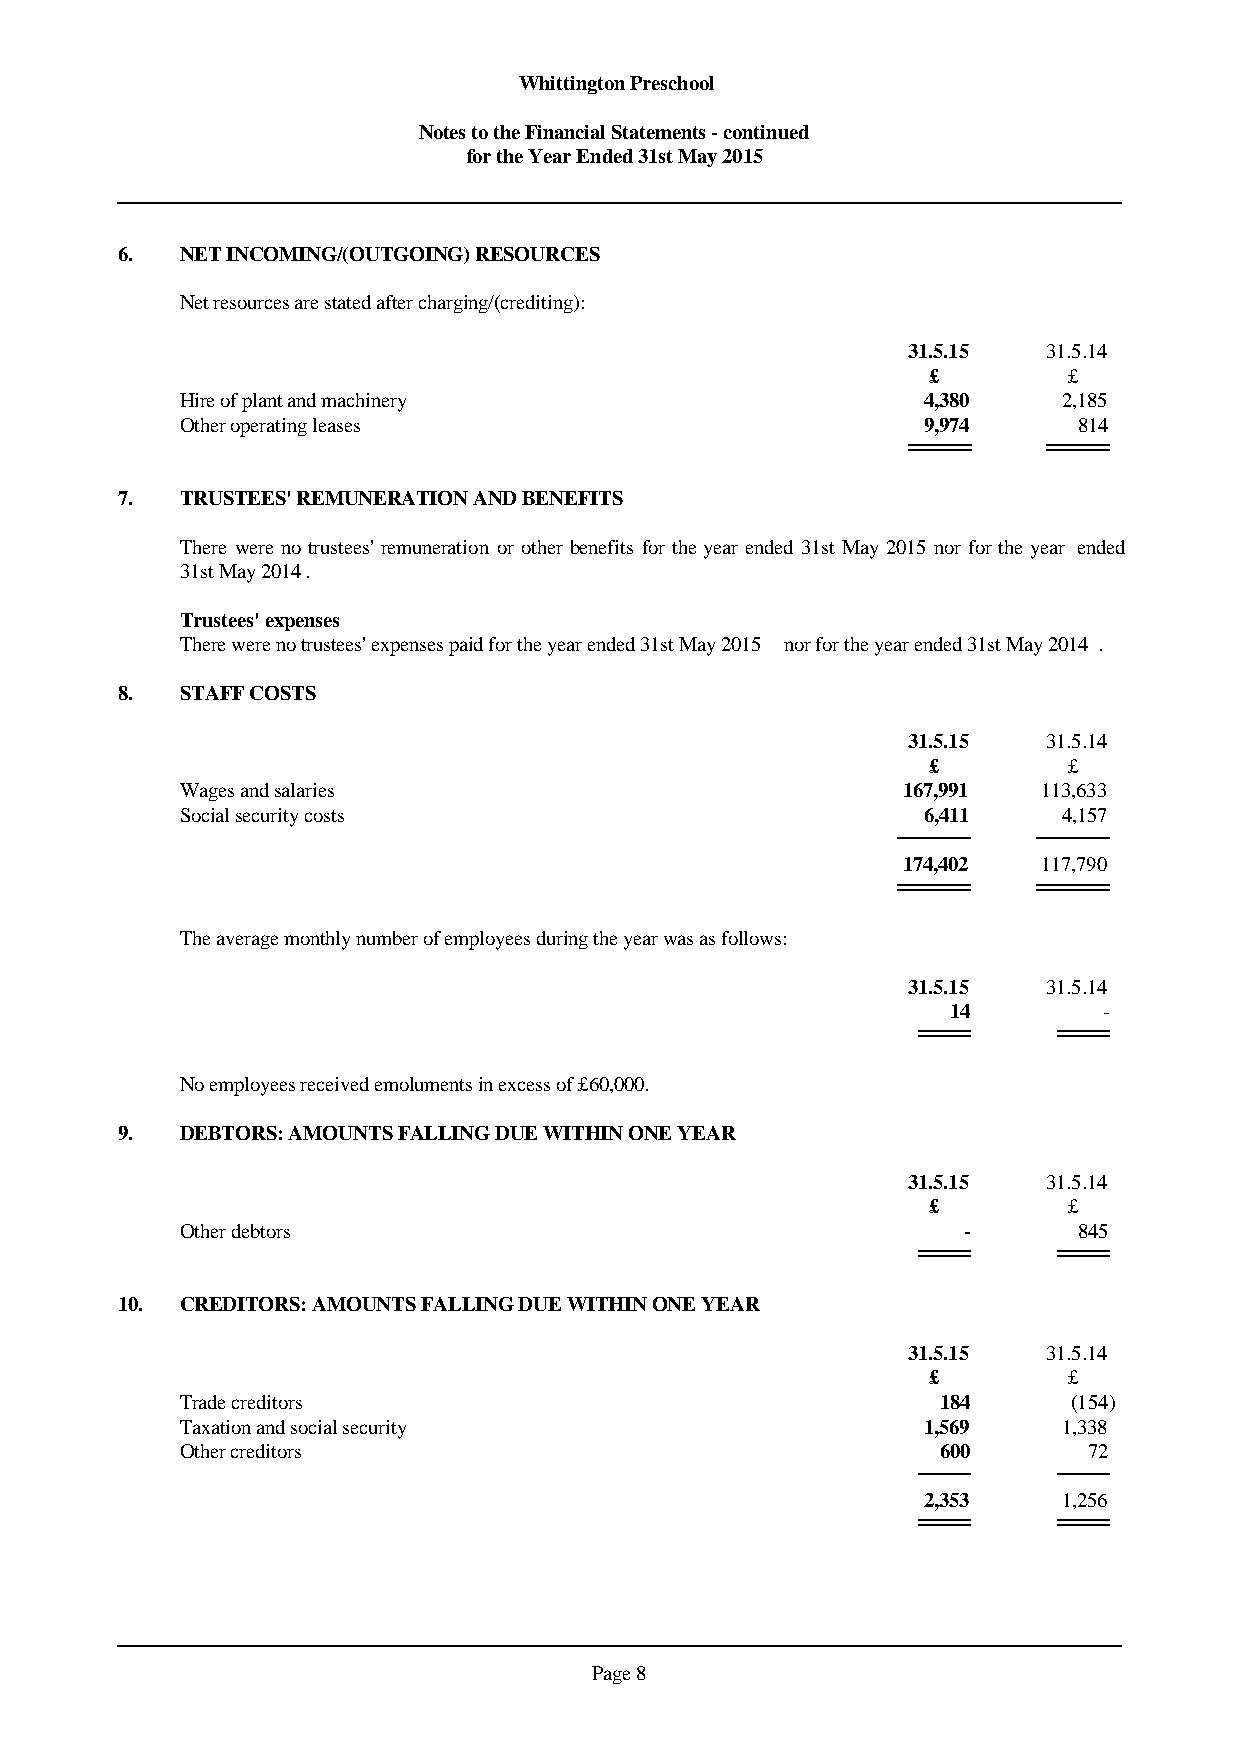
Whittington Preschool
 Notes to the Financial Statements - continued
 for the Year Ended 31st May 2015
 6.  NET INCOMING/(OUTGOING) RESOURCES
 Net resources are stated after charging/(crediting):
 31.5.15  31.5.14
 £         £
 Hire of plant and machinery                      4,380    2,185
 Other operating leases                           9,974     814
 7.  TRUSTEES' REMUNERATION AND BENEFITS
 There werenotrustees'remunerationor other benefitsfortheyearended 31st May2015 norfortheyear ended
 31st May 2014.
 Trustees' expenses
 There were no trustees' expenses paid for the year ended 31st May 2015 nor for the year ended 31st May 2014.
 8.  STAFF COSTS
 31.5.15  31.5.14
 £         £
 Wages and salaries                              167,991  113,633
 Social security costs                            6,411    4,157
 174,402  117,790
 The average monthly number of employees during the year was as follows:
 31.5.15  31.5.14
 14        -
 No employees received emoluments in excess of £60,000.
 9.  DEBTORS: AMOUNTS FALLING DUE WITHIN ONE YEAR
 31.5.15  31.5.14
 £         £
 Other debtors                                       -      845
 10. CREDITORS: AMOUNTS FALLING DUE WITHIN ONE YEAR
 31.5.15  31.5.14
 £         £
 Trade creditors                                   184      (154)
 Taxation and social security                     1,569    1,338
 Other creditors                                   600       72
 2,353    1,256
 Page 8